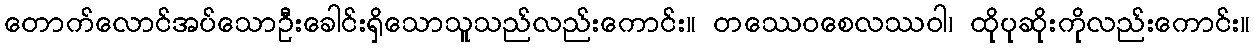
တောက်လောင်အပ်သောဦးခေါင်းရှိသောသူသည်လည်းကောင်း။ တဿေဝစေလဿဝါ၊ ထိုပုဆိုးကိုလည်းကောင်း။